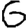
Digit: 6